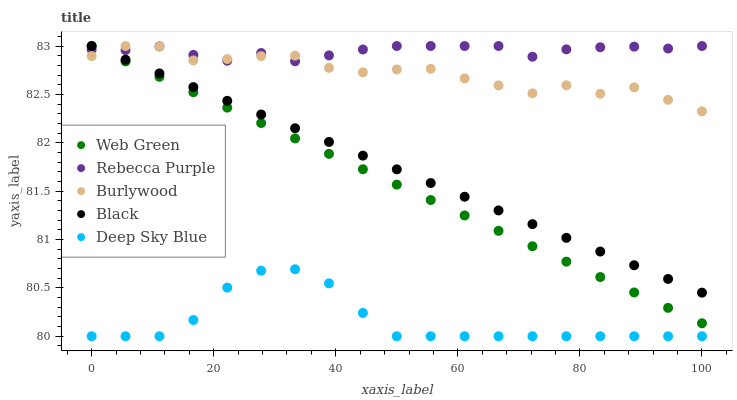
| xaxis_label | Web Green | Rebecca Purple | Burlywood | Black | Deep Sky Blue |
 | --- | --- | --- | --- | --- | --- |
 | 0 | 83 | 83 | 82.9 | 83 | 80 |
 | 5.56 | 82.8 | 83 | 83 | 82.9 | 80 |
 | 11.1 | 82.7 | 83 | 83 | 82.7 | 80 |
 | 16.7 | 82.5 | 82.9 | 82.9 | 82.6 | 80.2 |
 | 22.2 | 82.4 | 82.8 | 82.9 | 82.4 | 80.5 |
 | 27.8 | 82.2 | 82.9 | 82.9 | 82.3 | 80.7 |
 | 33.3 | 82 | 82.8 | 82.9 | 82.2 | 80.7 |
 | 38.9 | 81.9 | 82.9 | 82.8 | 82 | 80.5 |
 | 44.4 | 81.7 | 83 | 82.7 | 81.9 | 80.2 |
 | 50 | 81.6 | 83 | 82.8 | 81.7 | 80 |
 | 55.6 | 81.4 | 83 | 82.8 | 81.6 | 80 |
 | 61.1 | 81.2 | 83 | 82.7 | 81.4 | 80 |
 | 66.7 | 81.1 | 83 | 82.6 | 81.3 | 80 |
 | 72.2 | 80.9 | 82.9 | 82.5 | 81.2 | 80 |
 | 77.8 | 80.8 | 83 | 82.6 | 81 | 80 |
 | 83.3 | 80.6 | 83 | 82.5 | 80.9 | 80 |
 | 88.9 | 80.5 | 83 | 82.6 | 80.7 | 80 |
 | 94.4 | 80.3 | 83 | 82.4 | 80.6 | 80 |
 | 100 | 80.1 | 83 | 82.3 | 80.5 | 80 |